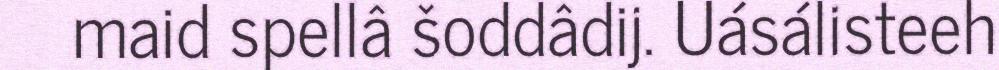
maid spellâ šoddâdij. Uásálisteeh